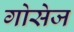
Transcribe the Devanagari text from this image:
गोसेज